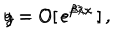
LaTeX: \, g = O [ \, e ^ { \beta \lambda x } \, ] \, , \hspace { 0 . 5 c m } y = O [ \, e ^ { \beta \lambda x } \, ] \, ,